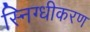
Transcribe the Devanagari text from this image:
स्निग्धीकरण